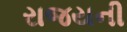
રાજયની